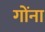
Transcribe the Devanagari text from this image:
गोंना